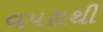
વપરાથી